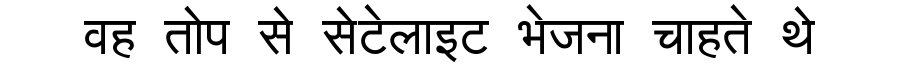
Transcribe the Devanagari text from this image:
वह तोप से सेटेलाइट भेजना चाहते थे